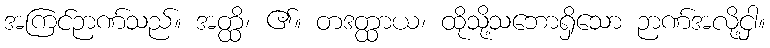
အကြင်ဉာဏ်သည်။ အတ္ထိ၊ ၏။ တဒတ္ထာယ၊ ထိုသို့သဘောရှိသော ဉာဏ်အလို့ငှါ။